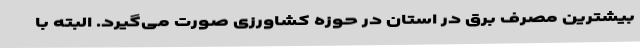
بیشترین مصرف برق در استان در حوزه کشاورزی صورت می‌گیرد. البته با